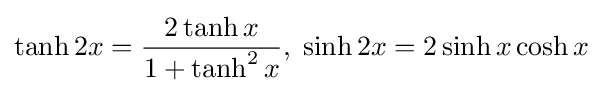
\tanh 2x={\frac {2\tanh x}{1+\tanh ^{2}x}},\;\sinh 2x=2\sinh x\cosh x